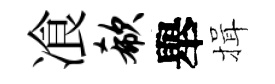
飡欷舉揖